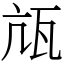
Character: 㼚